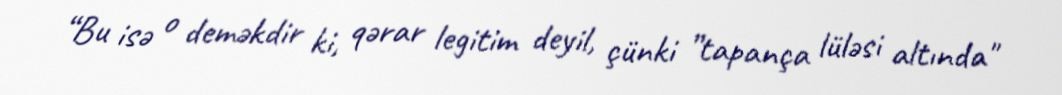
“Bu isə o deməkdir ki, qərar legitim deyil, çünki ”tapança lüləsi altında"